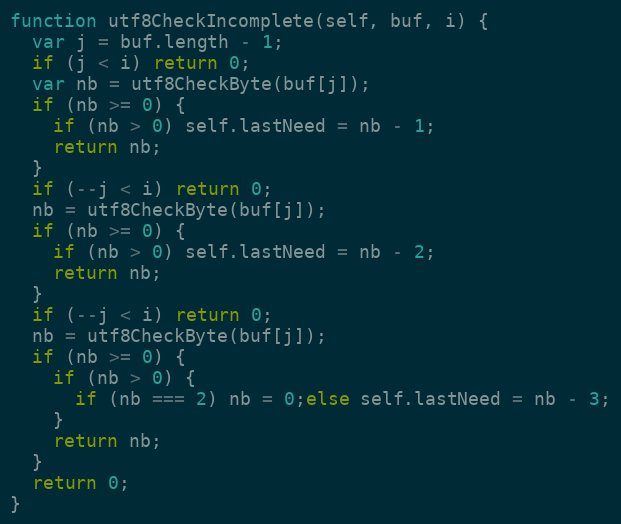
Language: JavaScript
function utf8CheckIncomplete(self, buf, i) {
  var j = buf.length - 1;
  if (j < i) return 0;
  var nb = utf8CheckByte(buf[j]);
  if (nb >= 0) {
    if (nb > 0) self.lastNeed = nb - 1;
    return nb;
  }
  if (--j < i) return 0;
  nb = utf8CheckByte(buf[j]);
  if (nb >= 0) {
    if (nb > 0) self.lastNeed = nb - 2;
    return nb;
  }
  if (--j < i) return 0;
  nb = utf8CheckByte(buf[j]);
  if (nb >= 0) {
    if (nb > 0) {
      if (nb === 2) nb = 0;else self.lastNeed = nb - 3;
    }
    return nb;
  }
  return 0;
}